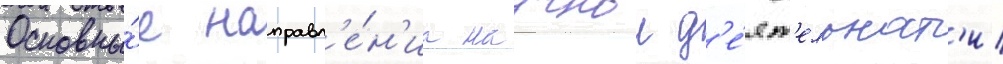
Основны́е направл'е́н'иа научнои д'е́ят'ельност'и